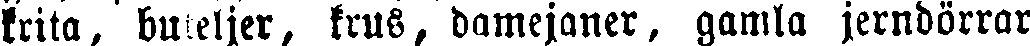
krita, buteljer, krus, damejaner, gamla jerndörrar